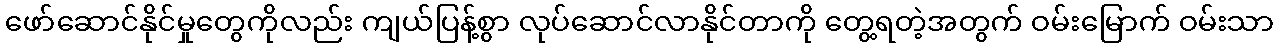
ဖော်ဆောင်နိုင်မှုတွေကိုလည်း ကျယ်ပြန့်စွာ လုပ်ဆောင်လာနိုင်တာကို တွေ့ရတဲ့အတွက် ဝမ်းမြောက် ဝမ်းသာ